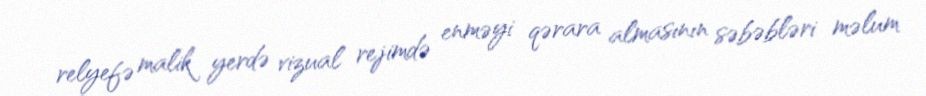
relyefə malik yerdə vizual rejimdə enməyi qərara almasının səbəbləri məlum